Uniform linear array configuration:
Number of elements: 12
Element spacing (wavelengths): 1
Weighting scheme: exponential
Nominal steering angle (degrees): -60
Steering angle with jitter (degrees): -59.678
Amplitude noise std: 0.05
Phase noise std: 0.05

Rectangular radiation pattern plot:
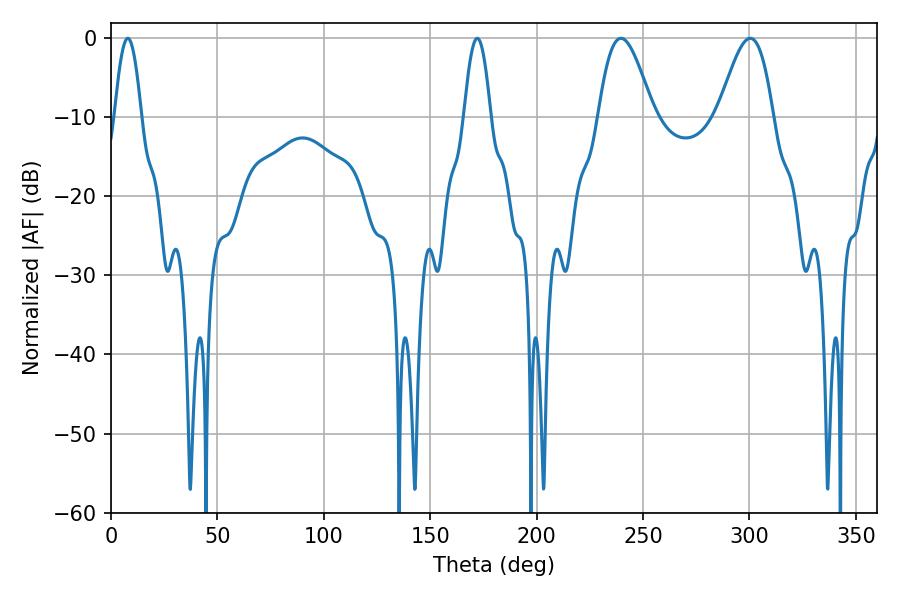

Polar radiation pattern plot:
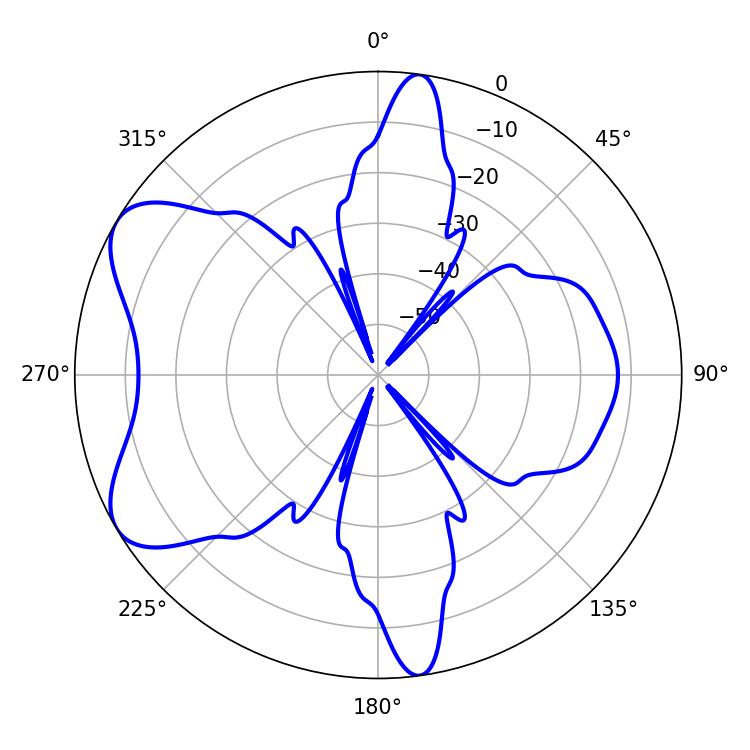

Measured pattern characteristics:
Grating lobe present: TRUE
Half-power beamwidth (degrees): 13.86
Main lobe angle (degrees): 300.42